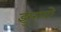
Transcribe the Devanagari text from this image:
झुरावो